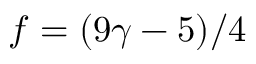
f = ( 9 \gamma - 5 ) / 4